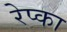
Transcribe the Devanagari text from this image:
रेप्का